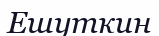
Ешуткин